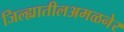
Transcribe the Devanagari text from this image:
जिल्ह्यातीलअमळनेर